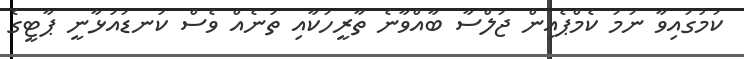
ކަމުގައިވާ ނަމަ ކެމްޕެއިން ޖަލްސާ ބާއްވާނެ ތާރީހަކާއި ތަނެއް ވެސް ކަނޑައަޅާނީ ޕާޓީގެ